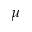
\mu